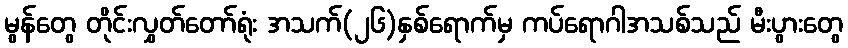
မွန်တွေ တိုင်းလွှတ်တော်ရုံး အသက်(၂၆)နှစ်ရောက်မှ ကပ်ရောဂါအသစ်သည် မီးပွားတွေ